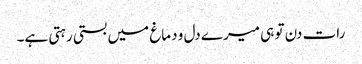
رات دن تو ہی میرے دل و دماغ میں بستی رہتی ہے۔